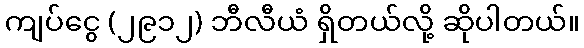
ကျပ်ငွေ (၂၉၁၂) ဘီလီယံ ရှိတယ်လို့ ဆိုပါတယ်။